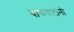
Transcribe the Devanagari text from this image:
पायवाटांनी